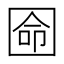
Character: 𡇳